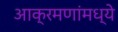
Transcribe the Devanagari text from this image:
आक्रमणांमध्ये